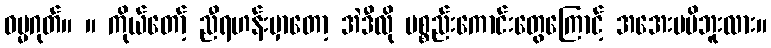
ဓမ္မဂုတ်။ ။ ကိုယ်တော့် ညီရဟန်းမှာတော့ အဲဒီလို ပစ္စည်းကောင်းတွေကြောင့် အအေးမမိဘူးလား။